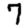
Digit: 7